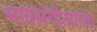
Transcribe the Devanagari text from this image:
भावसंगीतातला